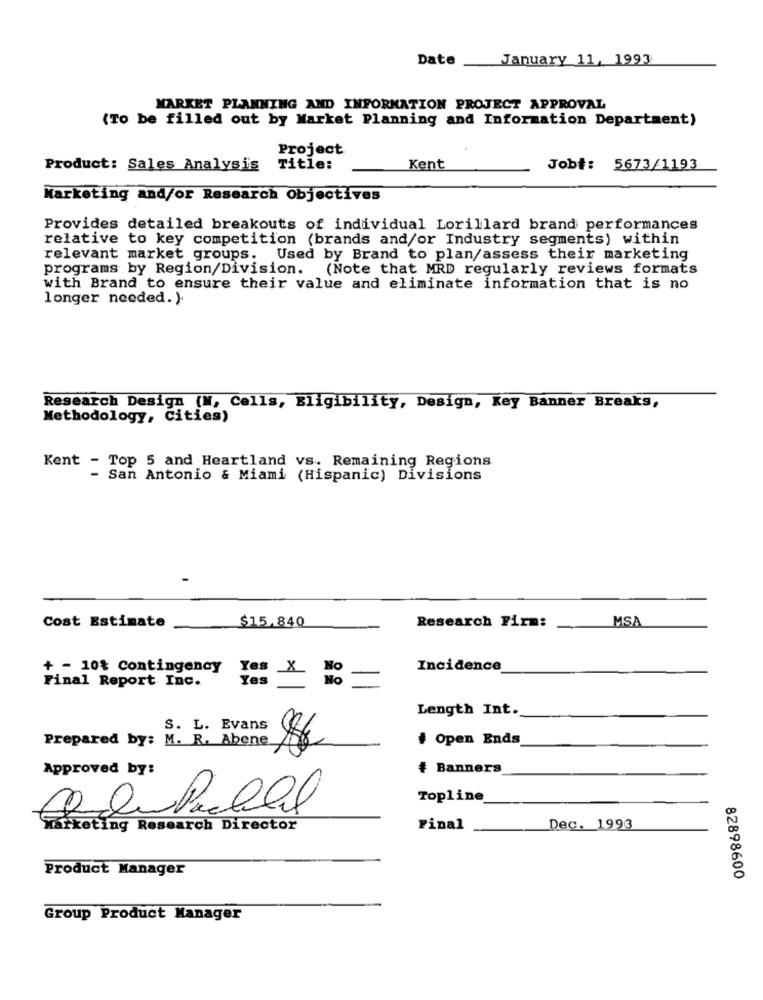
Date _January 11, 1993
MARKET PLANNING AND INFORMATION PROJECT APPROVAL
(To be filled out by Market Planning and Information Department)
Project
Product: Sales Analysis Title:
Kent
Job#: 5673/1193
Marketing and/or Research Objectives
Provides detailed breakouts of individual Lorillard brand performances
relative to key competition (brands and/or Industry segments) within
relevant market groups. Used by Brand to plan/assess their marketing
programs by Region/Division. (Note that MRD regularly reviews formats
with Brand to ensure their value and eliminate information that is no
longer needed. ).
Research Design (N, Cells, Eligibility, Design, Key Banner Breaks,
Methodology, Cities)
Kent - Top 5 and Heartland vs. Remaining Regions
- San Antonio & Miami (Hispanic) Divisions
Cost Estimate
$15.840
Research Firm:
MSA
+ - 10% Contingency
Incidence
Final Report Inc.
NO
Length Int.
S. L. Evans
Prepared by: M. R. Abene
# Open Ends
Approved by:
# Banners
Topline
Marketing Research Director
Final
Dec. 1993
Product Manager
82898600
Group Product Manager